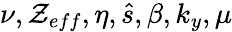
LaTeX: \nu,\mathcal{Z}_{eff},\eta,\hat{{s}},\beta,k_{y},\mu